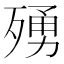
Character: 𭮛